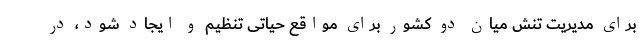
برای مدیریت تنش میان دو کشور برای مواقع حیاتی تنظیم و ایجاد شود، در